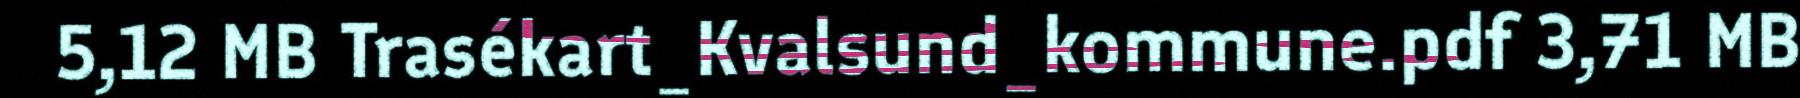
5,12 MB Trasékart_Kvalsund_kommune.pdf 3,71 MB